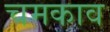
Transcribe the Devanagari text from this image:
चमकाव